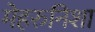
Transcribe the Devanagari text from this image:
मेहरुनिशा